Plague in India, 1896, 1897 - Volume 2
Year: 1896
Disease focus: Plague
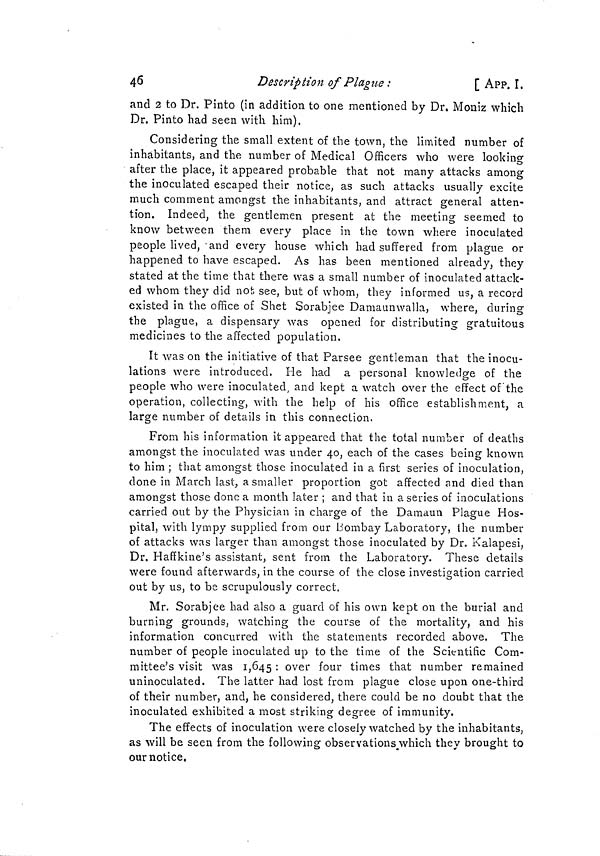
46
Description of Plague :
[ APP. I.
and 2 to Dr. Pinto (in addition to one mentioned by Dr. Moniz which
Dr. Pinto had seen with him).
Considering the small extent of the town, the limited number of
inhabitants, and the number of Medical Officers who were looking
O
after the place, it appeared probable that not many attacks among
the inoculated escaped their notice, as such attacks usually excite
much comment amongst the inhabitants, and attract general atten-
tion. Indeed, the gentlemen present at the meeting seemed to
know between them every place in the town where inoculated
people lived, and every house which had suffered from plague or
happened to have escaped. As has been mentioned already, they
stated at the time that there was a small number of inoculated attack-
ed whom they did not, see, but of whom, they informed us, a record
existed in the office of Shet Sorabjee Damaunwalla, where, during
the plague, a dispensary was opened for distributing gratuitous
medicines to the affected population.
It was on the initiative of that Parsee gentleman that the inocu-
o
lations were introduced, He had a personal knowledge of the
people who were inoculated, and kept a watch over the effect of the
operation, collecting, with the help of his office establishment, a
large number of details in this connection.
From his information it appeared that the total number of deaths
amongst the inoculated was under 40, each of the cases being known
to him ; that amongst those inoculated in a first series of inoculation,
done in March last, a smaller proportion got affected and died than
amongst those done a month later ; and that in a series of inoculations
carried out by the Physician in charge of the Damaun Plague Hos-
pital, with lympy supplied from our Bombay Laboratory, the number
of attacks was larger than amongst those inoculated by Dr. Kalapesi,
Dr. Haffkine's assistant, sent from the Laboratory. These details
were found afterwards, in the course of the close investigation carried
out by us, to be scrupulously correct.
Mr. Sorabjee had also a guard of his own kept on the burial and
burning grounds, watching the course of the mortality, and his
information concurred with the statements recorded above. The
number of people inoculated up to the time of the Scientific Com-
mittee's visit was 1,645 : over four times that number remained
uninoculated. The latter had lost from plague close upon one-third
of their number, and, he considered, there could be no doubt that the
inoculated exhibited a most striking degree of immunity.
The effects of inoculation were closely watched by the inhabitants,
as will be seen from the following observations which they brought to
our notice,